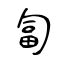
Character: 匐